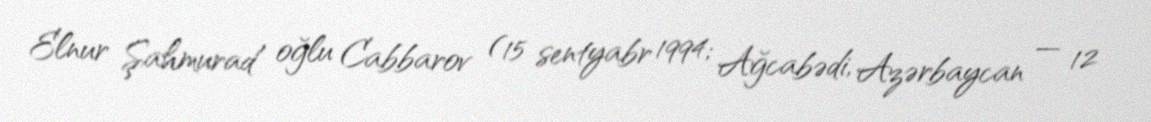
Elnur Şahmurad oğlu Cabbarov (15 sentyabr 1994; Ağcabədi, Azərbaycan — 12